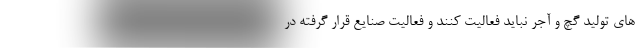
های تولید گچ و آجر نباید فعالیت کنند و فعالیت صنایع قرار گرفته در